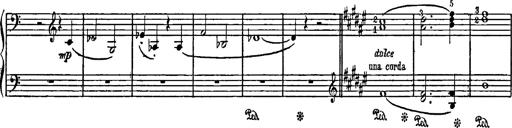
Title: Feierlicher Marsch zum heiligen Gral aus Parsifal
Composer: Franz Liszt